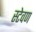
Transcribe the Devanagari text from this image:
स्टेवण